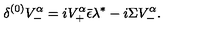
{ \delta ^ { ( 0 ) } V _ { - } ^ { \alpha } = i V _ { + } ^ { \alpha } \bar { \epsilon } \lambda ^ { * } - i \Sigma V _ { - } ^ { \alpha } . }